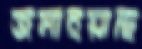
জমাইয়াছি